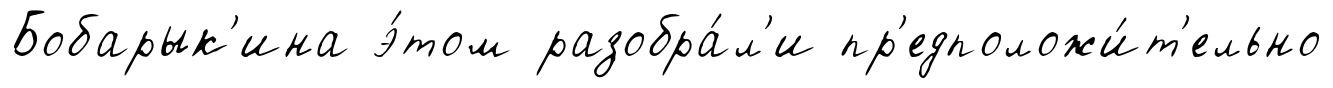
Бобарык'ина э́том разобра́л'и пр'едположи́т'ельно